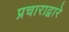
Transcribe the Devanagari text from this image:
प्रचाराद्वारे